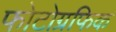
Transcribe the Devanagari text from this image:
फोटोग्रफिक